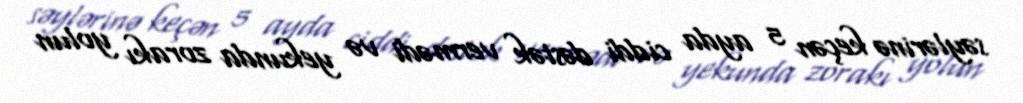
səylərinə keçən 5 ayda ciddi dəstək vermədi və yekunda zorakı yolun